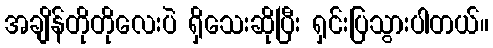
အချိန်တိုတိုလေးပဲ ရှိသေးဆိုပြီး ရှင်းပြသွားပါတယ်။